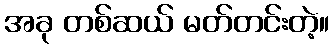
အခု တစ်ဆယ် မတ်တင်းတဲ့။